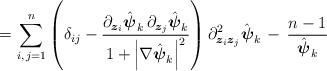
LaTeX: \begin{align*}=\sum_{i,\,j=1}^{n}\left(\delta_{ij}-\frac{\partial_{\boldsymbol{z}_{i}}\hat{\boldsymbol{\psi}}_{k}\,\partial_{\boldsymbol{z}_{j}}\hat{\boldsymbol{\psi}}_{k}}{1+\left|\nabla\hat{\boldsymbol{\psi}}_{k}\right|^{2}}\right)\partial_{\boldsymbol{z}_{i}\boldsymbol{z}_{j}}^{2}\hat{\boldsymbol{\psi}}_{k}\,-\,\frac{n-1}{\hat{\boldsymbol{\psi}}_{k}}\end{align*}